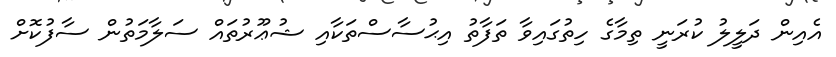
އެއިން ދަލީލު ކުރަނީ ތިމާގެ ހިތުގައިވާ ތަފާތު އިޙުސާސްތަކާއި ޝުޢޫރުތައް ސަލާމަތުން ސާފުކޮށް